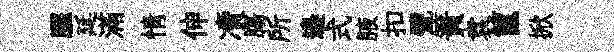
臞延滿情伸凟膓所邉式腋扣甓簀袁篋掀